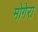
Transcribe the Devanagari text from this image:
मोगेरा